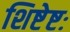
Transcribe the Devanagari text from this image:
शिष्टेष्टः